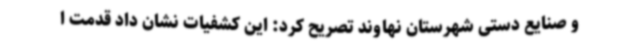
و صنایع دستی شهرستان نهاوند تصریح کرد: این کشفیات نشان داد قدمت ا